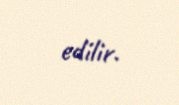
edilir.